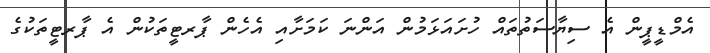
އެމްޑީޕީން އެ ސިޔާސަތުތައް ހުށައަޅަމުން އަންނަ ކަމަށާއި އެހެން ޕާރޓީތަކުން އެ ޕާރޓީތަކުގެ